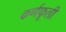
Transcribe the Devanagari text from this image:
कर्णफूली